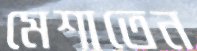
মেশাতেন